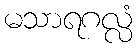
မသာရဂလ္လံ